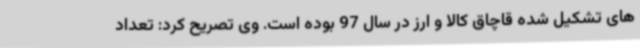
های تشکیل شده قاچاق کالا و ارز در سال 97 بوده است. وی تصریح کرد: تعداد